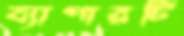
ব্যাপারটি